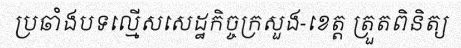
ប្រឆាំងបទល្មើសសេដ្ឋកិច្ចក្រសួង-ខេត្ត ត្រួតពិនិត្យ